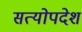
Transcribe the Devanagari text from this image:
सत्योपदेश